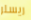
ريسلر